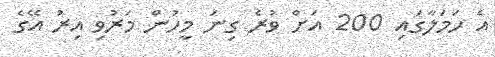
އެ ހަމަލާގައި 200 އަށް ވުރެ ގިނަ މީހުން މަރުވި އިރު އޭގެ